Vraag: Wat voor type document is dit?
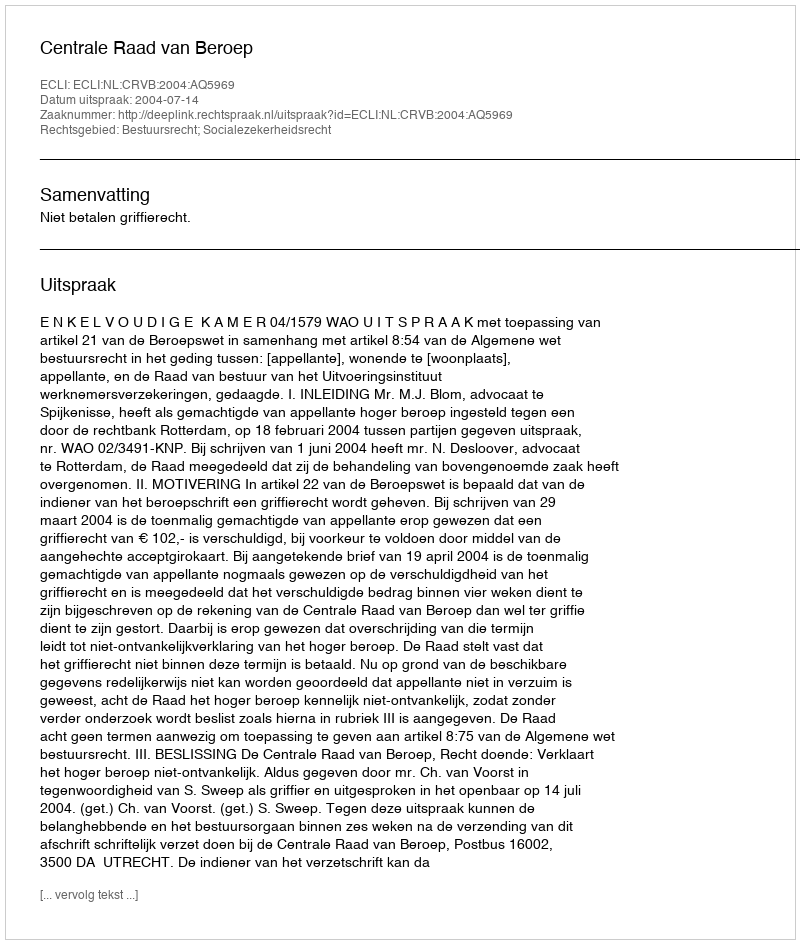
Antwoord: Uitspraak